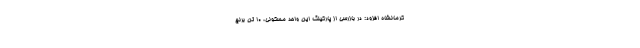
کرمانشاه افزود: در بازرسی از پارکینگ این واحد مسکونی، ۱۰ تن برنج